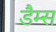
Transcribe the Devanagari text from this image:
डैम्स